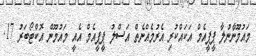
މައުމޫނާނުލާ ޕީޕީއެމް އަކައްކުރި އެރުމެއްނެތް އަސްލު ޕީޕީއެމް އެއީ މައުމޫން އޮކްޓޯބަރު 17